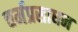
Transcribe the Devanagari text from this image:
चर्मप्रसाधन